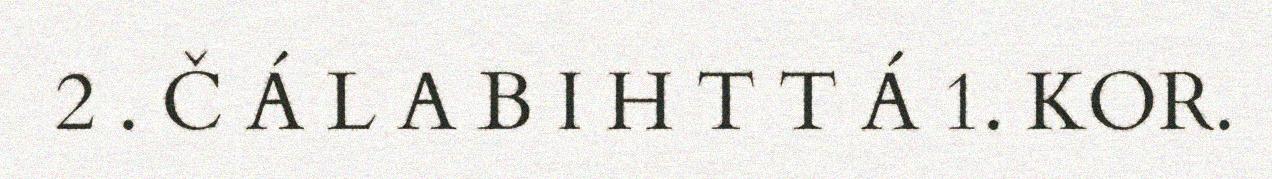
2 . Č Á L A B I H T T Á 1. KOR.